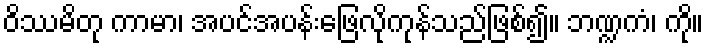
ဝိဿမိတု ကာမာ၊ အပင်အပန်းဖြေလိုကုန်သည်ဖြစ်၍။ ဘဏ္ဍကံ၊ ကို။